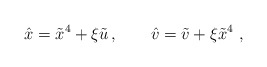
\begin{align*}\hat{x}=\tilde{x}^{4} + \xi \tilde{u}\, , \qquad\hat v = \tilde v + \xi \tilde x^4 \ ,\end{align*}